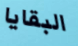
البقايا